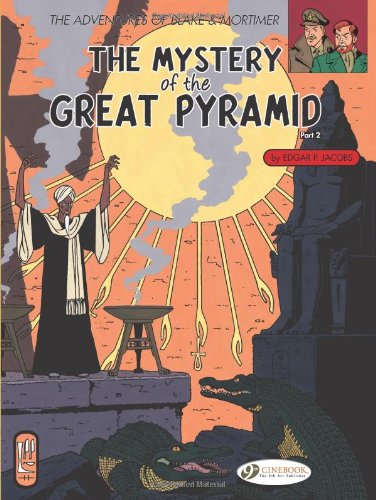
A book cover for The Mystery of the Great Pyramid, Part 2: Blake and Mortimer 3 (The Adventures of Blake & Mortimer) (Pt. 2); Edgar P. Jacobs; Comics & Graphic Novels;